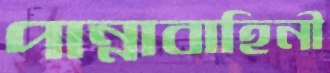
পান্নাবাহিনী